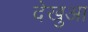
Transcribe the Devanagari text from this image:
देखुआ